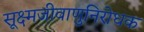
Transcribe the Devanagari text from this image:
सूक्ष्मजीवाणुनिरोधक